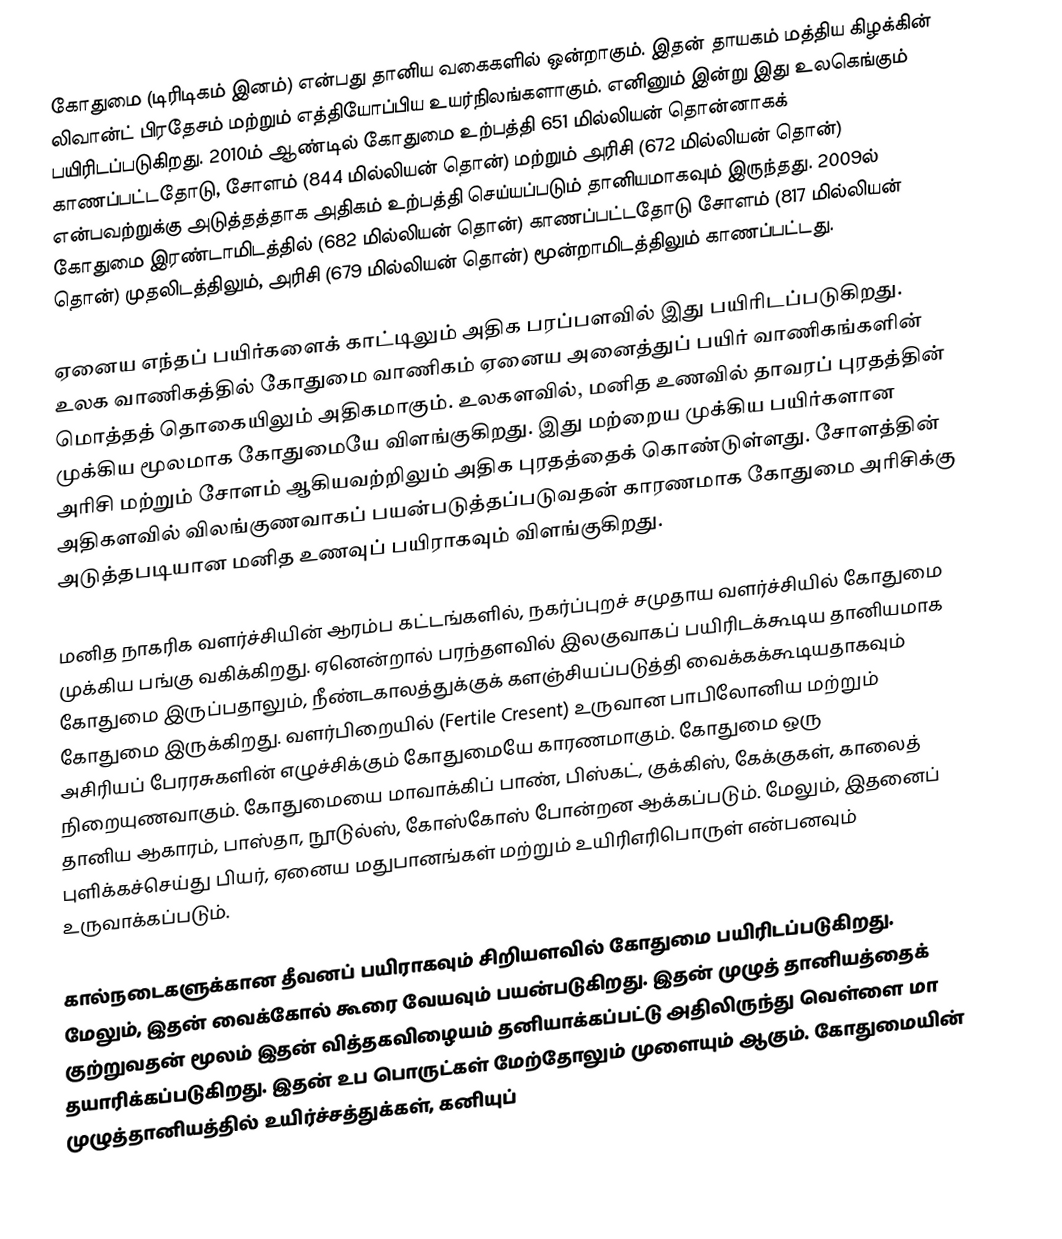
கோதுமை  (டிரிடிகம் இனம்) என்பது தானிய வகைகளில் ஒன்றாகும். இதன் தாயகம் மத்திய கிழக்கின் லிவான்ட் பிரதேசம் மற்றும் எத்தியோப்பிய உயர்நிலங்களாகும். எனினும் இன்று இது உலகெங்கும் பயிரிடப்படுகிறது. 2010ம் ஆண்டில் கோதுமை உற்பத்தி 651 மில்லியன் தொன்னாகக் காணப்பட்டதோடு, சோளம் (844 மில்லியன் தொன்) மற்றும் அரிசி (672 மில்லியன் தொன்) என்பவற்றுக்கு அடுத்தத்தாக அதிகம் உற்பத்தி செய்யப்படும் தானியமாகவும் இருந்தது. 2009ல் கோதுமை இரண்டாமிடத்தில் (682 மில்லியன் தொன்) காணப்பட்டதோடு சோளம் (817 மில்லியன் தொன்) முதலிடத்திலும், அரிசி (679 மில்லியன் தொன்) மூன்றாமிடத்திலும் காணப்பட்டது.

ஏனைய எந்தப் பயிர்களைக் காட்டிலும் அதிக பரப்பளவில் இது பயிரிடப்படுகிறது. உலக வாணிகத்தில் கோதுமை வாணிகம் ஏனைய அனைத்துப் பயிர் வாணிகங்களின் மொத்தத் தொகையிலும் அதிகமாகும். உலகளவில், மனித உணவில் தாவரப் புரதத்தின் முக்கிய மூலமாக கோதுமையே விளங்குகிறது. இது மற்றைய முக்கிய பயிர்களான அரிசி மற்றும் சோளம் ஆகியவற்றிலும் அதிக புரதத்தைக் கொண்டுள்ளது. சோளத்தின் அதிகளவில் விலங்குணவாகப் பயன்படுத்தப்படுவதன் காரணமாக கோதுமை அரிசிக்கு அடுத்தபடியான மனித உணவுப் பயிராகவும் விளங்குகிறது.

மனித நாகரிக வளர்ச்சியின் ஆரம்ப கட்டங்களில், நகர்ப்புறச் சமுதாய வளர்ச்சியில் கோதுமை முக்கிய பங்கு வகிக்கிறது. ஏனென்றால் பரந்தளவில் இலகுவாகப் பயிரிடக்கூடிய தானியமாக கோதுமை இருப்பதாலும், நீண்டகாலத்துக்குக் களஞ்சியப்படுத்தி வைக்கக்கூடியதாகவும் கோதுமை இருக்கிறது. வளர்பிறையில் (Fertile Cresent) உருவான பாபிலோனிய மற்றும் அசிரியப் பேரரசுகளின் எழுச்சிக்கும் கோதுமையே காரணமாகும். கோதுமை ஒரு நிறையுணவாகும். கோதுமையை மாவாக்கிப் பாண், பிஸ்கட், குக்கிஸ், கேக்குகள், காலைத் தானிய ஆகாரம், பாஸ்தா, நூடுல்ஸ், கோஸ்கோஸ் போன்றன ஆக்கப்படும். மேலும், இதனைப் புளிக்கச்செய்து பியர், ஏனைய மதுபானங்கள் மற்றும் உயிரிஎரிபொருள் என்பனவும் உருவாக்கப்படும்.

கால்நடைகளுக்கான தீவனப் பயிராகவும் சிறியளவில் கோதுமை பயிரிடப்படுகிறது. மேலும், இதன் வைக்கோல் கூரை வேயவும் பயன்படுகிறது. இதன் முழுத் தானியத்தைக் குற்றுவதன் மூலம் இதன் வித்தகவிழையம் தனியாக்கப்பட்டு அதிலிருந்து வெள்ளை மா தயாரிக்கப்படுகிறது. இதன் உப பொருட்கள் மேற்தோலும் முளையும் ஆகும். கோதுமையின் முழுத்தானியத்தில் உயிர்ச்சத்துக்கள், கனியுப்